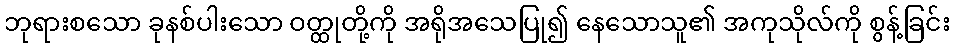
ဘုရားစသော ခုနစ်ပါးသော ဝတ္ထုတို့ကို အရိုအသေပြု၍ နေသောသူ၏ အကုသိုလ်ကို စွန့်ခြင်း